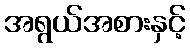
အရွယ်အစားနှင့်